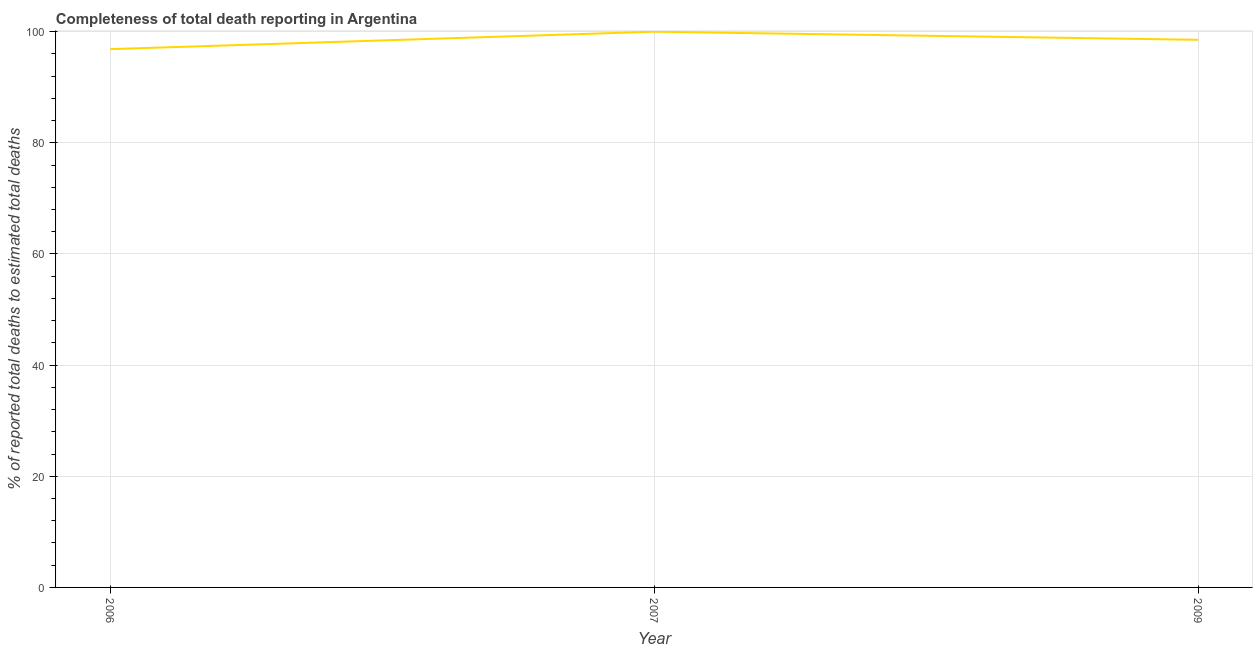
| Year | Completeness of total death reporting  |
 | --- | --- |
 | 2006 | 96.9 |
 | 2007 | 100 |
 | 2009 | 98.5 |